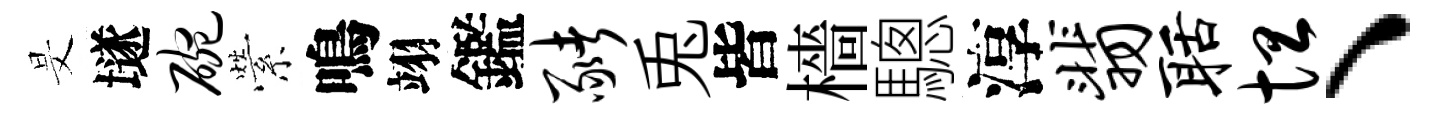
旻𡑞碗縈鳴翊鑑猪兎皆檣驄淳翡聒坦、